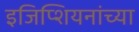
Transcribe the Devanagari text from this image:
इजिप्शियनांच्या